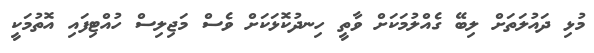
މުޅި ދައުލަތަށް ލިބޭ ގެއްލުމަކަށް ވާތީ ހިނދުކޮޅަކަށް ވެސް މަޖިލިސް ހުއްޓިފައި އޮތުމަކީ